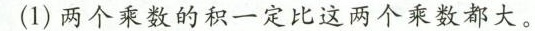
(1)两个乘数的积一定比这两个乘数都大。